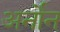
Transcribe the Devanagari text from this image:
अर्नोन